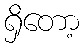
ရှိတော့